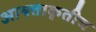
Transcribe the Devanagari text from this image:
आयताकृतीच